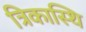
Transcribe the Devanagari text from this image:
त्रिकास्थि